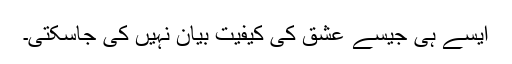
ایسے ہی جیسے عشق کی کیفیت بیان نہیں کی جاسکتی۔